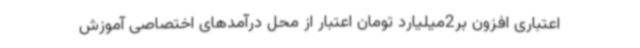
اعتباری افزون بر2میلیارد تومان اعتبار از محل درآمدهای اختصاصی آموزش